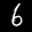
Label: 6